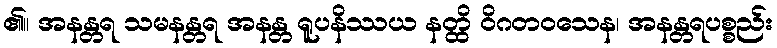
၏။ အနန္တရ သမနန္တရ အနန္တ ရူပနိဿယ နတ္ထိ ဝိဂတဝသေန၊ အနန္တရပစ္စည်း